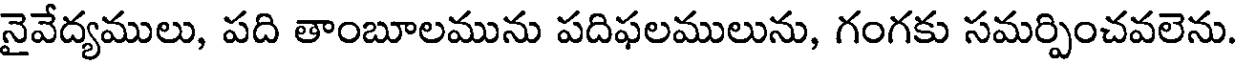
నైవేద్యములు, పది తాంబూలమును పదిఫలములును, గంగకు సమర్పించవలెను.